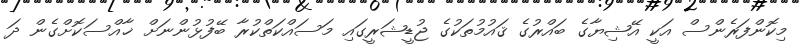
މިކޮންފަރެންސް އަކީ އޭޝިޔާގެ ބައްރުގެ ޤައުމުތަކުގެ ޖުޑީޝަރީގައި މަސައްކަތްކުރާ ބޭފުޅުންނަށް ޚާއްސަކޮށްގެން ދަ